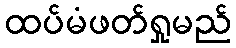
ထပ်မံဖတ်ရှုမည်